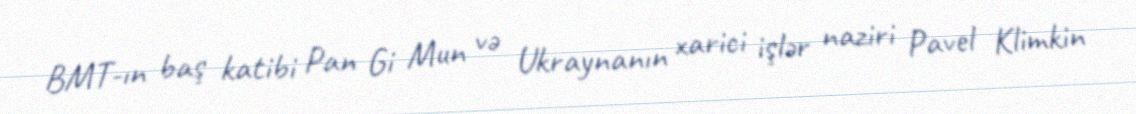
BMT-ın baş katibi Pan Gi Mun və Ukraynanın xarici işlər naziri Pavel Klimkin